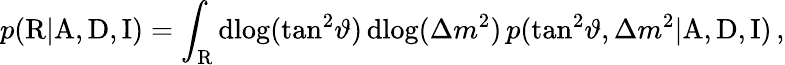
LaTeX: p(\mathrm{R}|\mathrm{A},\mathrm{D},\mathrm{I})=\int_{\mathrm{R}}\mathrm{d}\! \log(\tan^{2}\! \vartheta)\, \mathrm{d}\! \log(\Delta{m}^{2})\, p(\tan^{2}\! \vartheta,\Delta{m}^{2}|\mathrm{A},\mathrm{D},\mathrm{I})\, ,